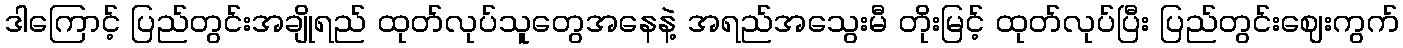
ဒါကြောင့် ပြည်တွင်းအချိုရည် ထုတ်လုပ်သူတွေအနေနဲ့ အရည်အသွေးမီ တိုးမြင့် ထုတ်လုပ်ပြီး ပြည်တွင်းဈေးကွက်